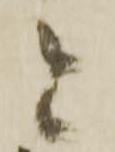
と